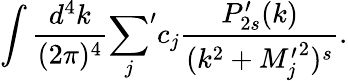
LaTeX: \int{\frac{d^{4}k}{(2\pi)^{4}}}{\sum_{j}}^{\prime}c_{j}{\frac{P_{2s}^{\prime}(k)}{(k^{2}+{M_{j}^{\prime}}^{2})^{s}}}.